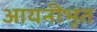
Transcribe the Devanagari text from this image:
आयनीभूत